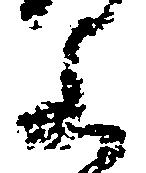
山